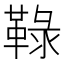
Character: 䩮